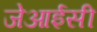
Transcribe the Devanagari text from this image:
जेआईसी